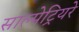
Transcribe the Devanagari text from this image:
साल्पेट्रियरे